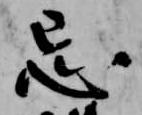
忌